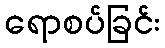
ရောစပ်ခြင်း